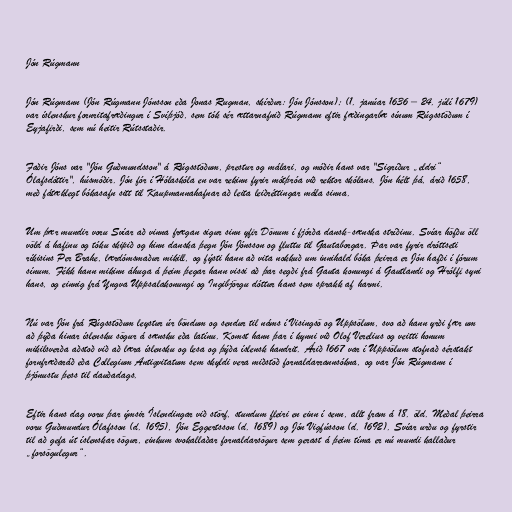
Jón Rúgmann

Jón Rúgmann (Jón Rúgmann Jónsson eða Jonas Rugman, skírður: Jón Jónsson); (1. janúar 1636 – 24. júlí 1679)
var íslenskur fornritafræðingur í Svíþjóð, sem tók sér ættarnafnið Rúgmann eftir fæðingarbæ sínum Rúgsstöðum í
Eyjafirði, sem nú heitir Rútsstaðir.

Faðir Jóns var "Jón Guðmundsson" á Rúgsstöðum, prestur og málari, og móðir hans var "Sigríður „eldri“
Ólafsdóttir", húsmóðir. Jón fór í Hólaskóla en var rekinn fyrir mótþróa við rektor skólans. Jón hélt þá, árið 1658,
með fátæklegt bókasafn sitt til Kaupmannahafnar að leita leiðréttingar mála sinna.

Um þær mundir voru Svíar að vinna frægan sigur sinn yfir Dönum í fjórða dansk-sænska stríðinu. Svíar höfðu öll
völd á hafinu og tóku skipið og hinn danska þegn Jón Jónsson og fluttu til Gautaborgar. Þar var fyrir dróttseti
ríkisins Per Brahe, lærdómsmaður mikill, og fýsti hann að vita nokkuð um innihald bóka þeirra er Jón hafði í fórum
sínum. Fékk hann mikinn áhuga á þeim þegar hann vissi að þar segði frá Gauta konungi á Gautlandi og Hrólfi syni
hans, og einnig frá Yngva Uppsalakonungi og Ingibjörgu dóttur hans sem sprakk af harmi.

Nú var Jón frá Rúgsstöðum leystur úr böndum og sendur til náms í Visingsö og Uppsölum, svo að hann yrði fær um
að þýða hinar íslensku sögur á sænsku eða latínu. Komst hann þar í kynni við Olof Verelius og veitti honum
mikilsverða aðstoð við að læra íslensku og lesa og þýða íslensk handrit. Árið 1667 var í Uppsölum stofnað sérstakt
fornfræðaráð eða Collegium Antiqvitatum sem skyldi vera miðstöð fornaldarrannsókna, og var Jón Rúgmann í
þjónustu þess til dauðadags.

Eftir hans dag voru þar ýmsir Íslendingar við störf, stundum fleiri en einn í senn, allt fram á 18. öld. Meðal þeirra
voru Guðmundur Ólafsson (d. 1695), Jón Eggertsson (d. 1689) og Jón Vigfússon (d. 1692). Svíar urðu og fyrstir
til að gefa út íslenskar sögur, einkum svokallaðar fornaldarsögur sem gerast á þeim tíma er nú mundi kallaður
„forsögulegur“.